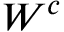
\boldsymbol { W } ^ { c }